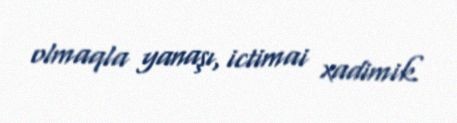
olmaqla yanaşı, ictimai xadimik.